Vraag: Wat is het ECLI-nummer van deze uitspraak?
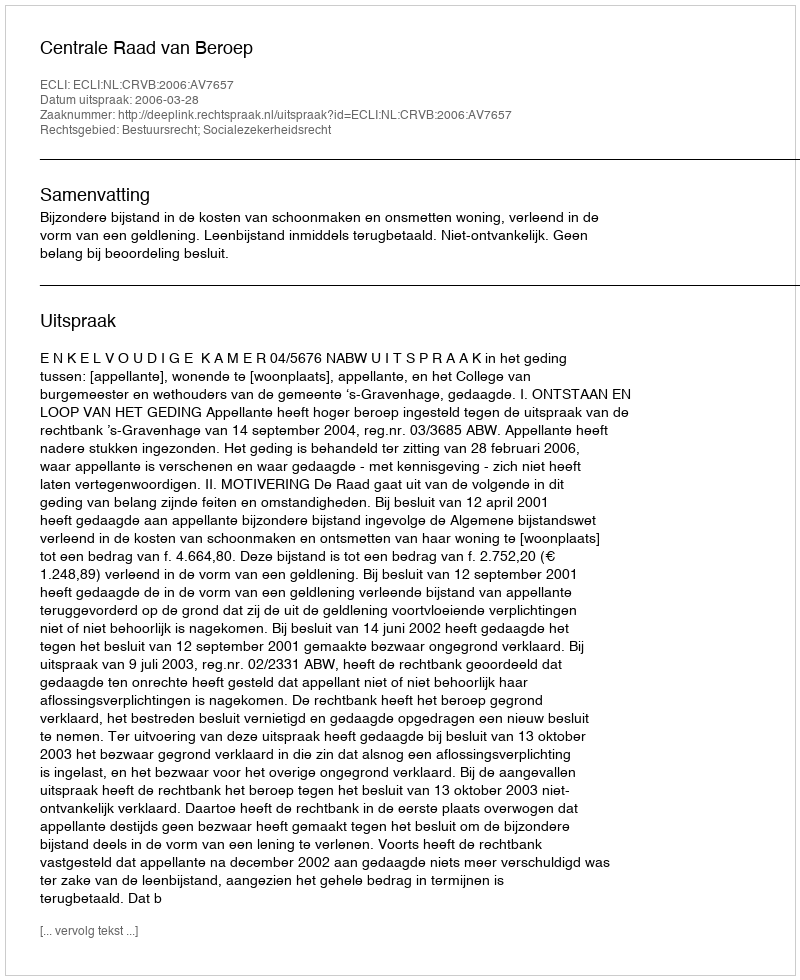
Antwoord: ECLI:NL:CRVB:2006:AV7657